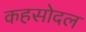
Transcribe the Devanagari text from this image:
कहसोदल